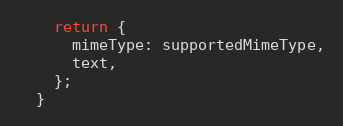
Language: JavaScript
    return {
      mimeType: supportedMimeType,
      text,
    };
  }